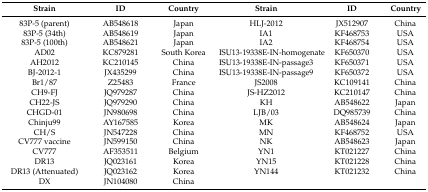
<table><thead><tr><td><b>Strain</b></td><td><b>ID</b></td><td><b>Country</b></td><td><b>Strain</b></td><td><b>ID</b></td><td><b>Country</b></td></tr></thead><tbody><tr><td>83P-5 (parent)</td><td>AB548618</td><td>Japan</td><td>HLJ-2012</td><td>JX512907</td><td>China</td></tr><tr><td>83P-5 (34th)</td><td>AB548619</td><td>Japan</td><td>IA1</td><td>KF468753</td><td>USA</td></tr><tr><td>83P-5 (100th)</td><td>AB548621</td><td>Japan</td><td>IA2</td><td>KF468754</td><td>USA</td></tr><tr><td>AD02</td><td>KC879281</td><td>South Korea</td><td>ISU13-19338E-IN-homogenate</td><td>KF650370</td><td>USA</td></tr><tr><td>AH2012</td><td>KC210145</td><td>China</td><td>ISU13-19338E-IN-passage3</td><td>KF650371</td><td>USA</td></tr><tr><td>BJ-2012-1</td><td>JX435299</td><td>China</td><td>ISU13-19338E-IN-passage9</td><td>KF650372</td><td>USA</td></tr><tr><td>Br1/87</td><td>Z25483</td><td>France</td><td>JS2008</td><td>KC109141</td><td>China</td></tr><tr><td>CH9-FJ</td><td>JQ979287</td><td>China</td><td>JS-HZ2012</td><td>KC210147</td><td>China</td></tr><tr><td>CH22-JS</td><td>JQ979290</td><td>China</td><td>KH</td><td>AB548622</td><td>Japan</td></tr><tr><td>CHGD-01</td><td>JN980698</td><td>China</td><td>LJB/03</td><td>DQ985739</td><td>China</td></tr><tr><td>Chinju99</td><td>AY167585</td><td>Korea</td><td>MK</td><td>AB548624</td><td>Japan</td></tr><tr><td>CH/S</td><td>JN547228</td><td>China</td><td>MN</td><td>KF468752</td><td>USA</td></tr><tr><td>CV777 vaccine</td><td>JN599150</td><td>China</td><td>NK</td><td>AB548623</td><td>Japan</td></tr><tr><td>CV777</td><td>AF353511</td><td>Belgium</td><td>YN1</td><td>KT021227</td><td>China</td></tr><tr><td>DR13</td><td>JQ023161</td><td>Korea</td><td>YN15</td><td>KT021228</td><td>China</td></tr><tr><td>DR13 (Attenuated)</td><td>JQ023162</td><td>Korea</td><td>YN144</td><td>KT021232</td><td>China</td></tr><tr><td>DX</td><td>JN104080</td><td>China</td><td></td><td></td><td></td></tr></tbody></table>